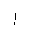
Letter: _alif